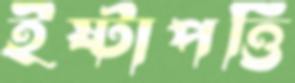
ইষ্টাপত্তি